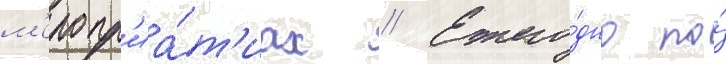
м'еропр'иа́т'иах // Ежего́дно по́